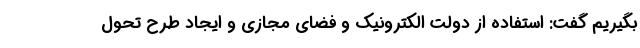
بگیریم گفت: استفاده از دولت الکترونیک و فضای مجازی و ایجاد طرح تحول